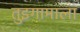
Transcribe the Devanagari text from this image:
तुइगामाला